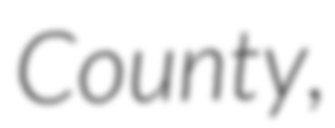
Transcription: County,